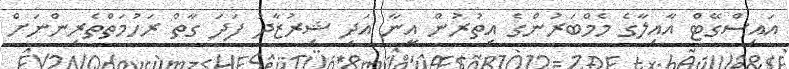
އައިސްގޭޓް އާއިލާގެ މެމްބަރުންގެ އިތުރުން އީނާ އަދި ޝިރުޒާދު ފަދަ ގާތް ރަހުމަތްތެރިންނަށް